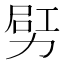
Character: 𠡿